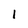
Character: 1